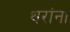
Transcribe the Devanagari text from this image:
थरांना